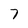
Character: 7